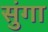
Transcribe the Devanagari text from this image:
सुंगा